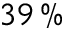
3 9 \, \%